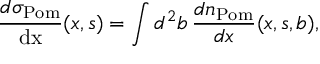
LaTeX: \frac { d \sigma _ { \mathrm { P o m } } } { \mathrm { d x } } ( x , s ) = \int d ^ { 2 } b \, \frac { d n _ { \mathrm { P o m } } } { d x } ( x , s , b ) ,